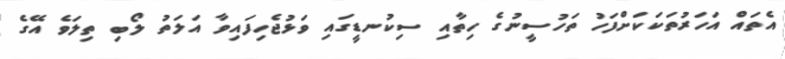
އެތައް އަހަރުތަކަކަށްފަހު ތަހުސީނުގެ ހިތާއި ސިކުނޑީގައި ވަޅުޖެހިފައިވާ އަލަތު ލޯބި ތިލަވެ އޭގެ